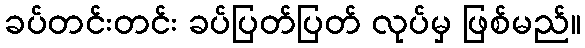
ခပ်တင်းတင်း ခပ်ပြတ်ပြတ် လုပ်မှ ဖြစ်မည်။